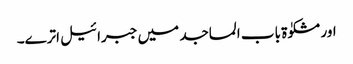
اور مشکوٰۃ باب المساجد میں جبرائیل اترے۔